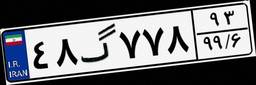
۱۲گ۲۹۵۵۷